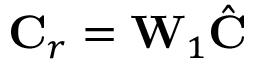
\mathbf { C } _ { r } = \mathbf { W } _ { 1 } \hat { \mathbf { C } }